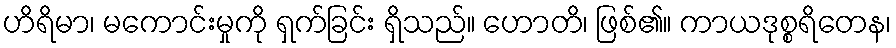
ဟိရိမာ၊ မကောင်းမှုကို ရှက်ခြင်း ရှိသည်။ ဟောတိ၊ ဖြစ်၏။ ကာယဒုစ္စရိတေန၊